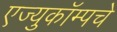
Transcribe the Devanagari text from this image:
एज्युकॉम्पचे